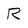
Character: R